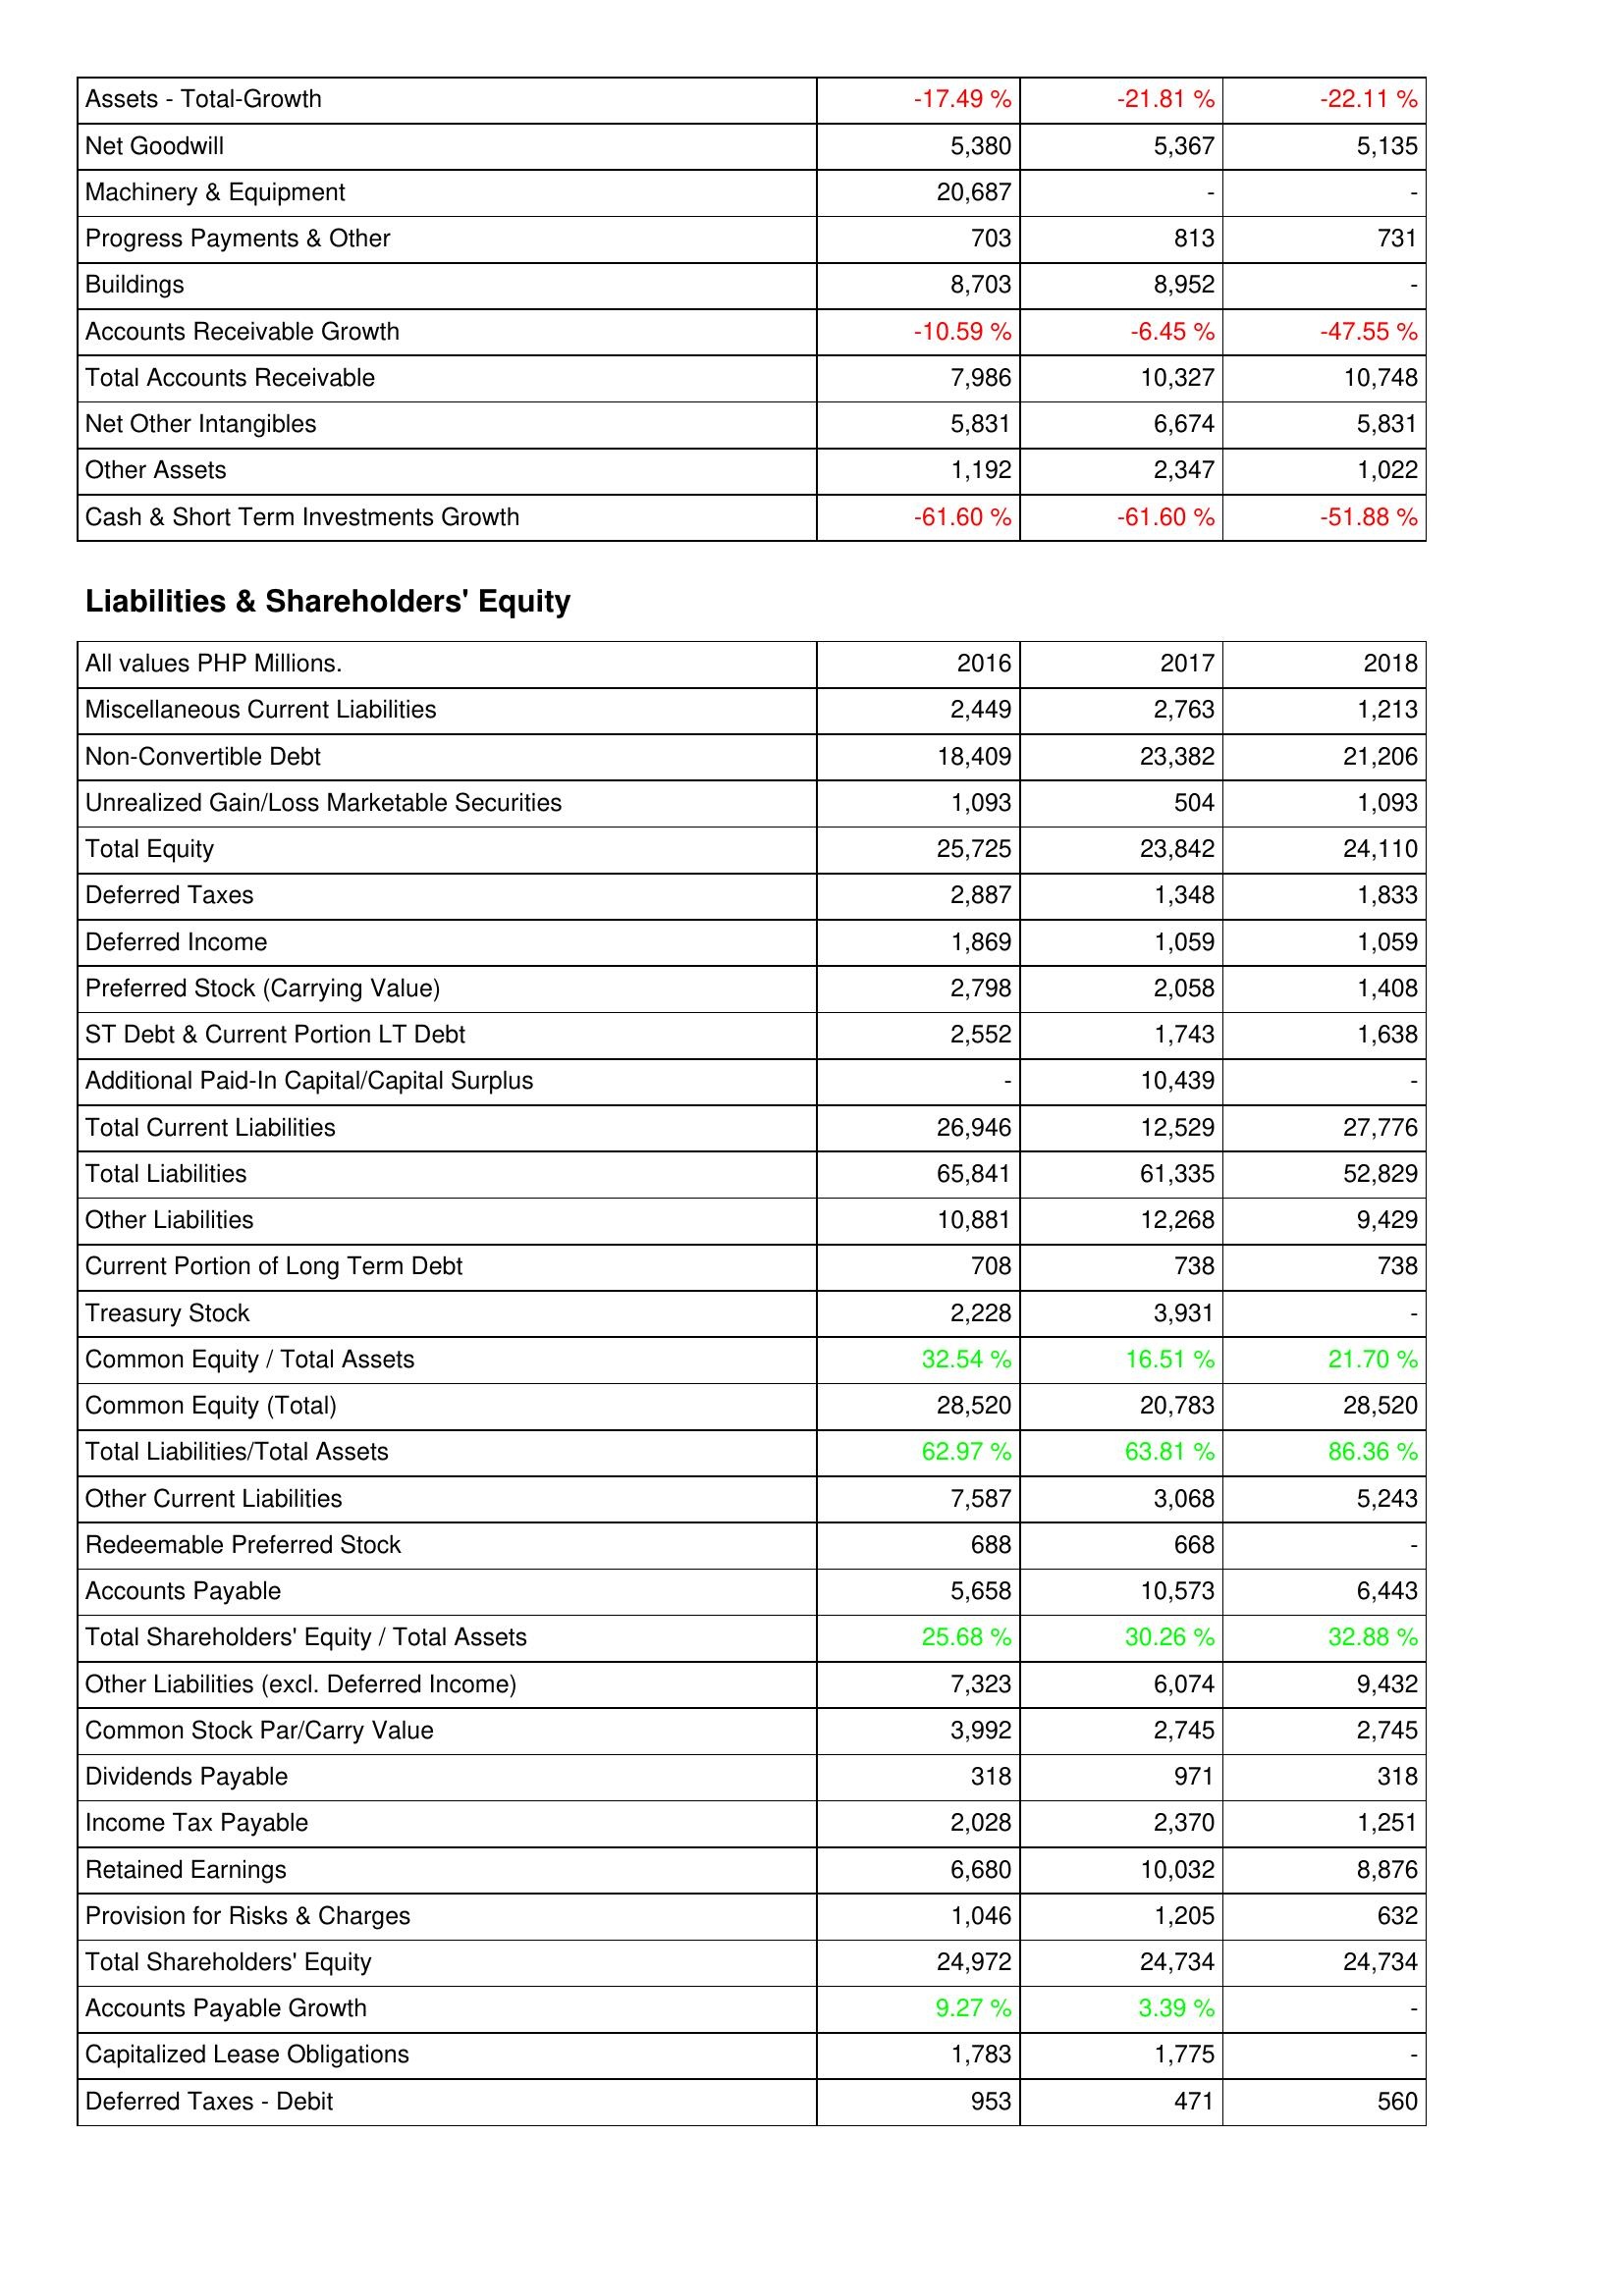
2016: Assets: Assets - Total-Growth: -17.49 %
Net Goodwill: 5,380
Machinery & Equipment: 20,687
Progress Payments & Other: 703
Buildings: 8,703
Accounts Receivable Growth: -10.59 %
Total Accounts Receivable: 7,986
Net Other Intangibles: 5,831
Other Assets: 1,192
Cash & Short Term Investments Growth: -61.60 %
Liabilities & Shareholders' Equity: Miscellaneous Current Liabilities: 2,449
Non-Convertible Debt: 18,409
Unrealized Gain/Loss Marketable Securities: 1,093
Total Equity: 25,725
Deferred Taxes: 2,887
Deferred Income: 1,869
Preferred Stock (Carrying Value): 2,798
ST Debt & Current Portion LT Debt: 2,552
Additional Paid-In Capital/Capital Surplus: -
Total Current Liabilities: 26,946
Total Liabilities: 65,841
Other Liabilities: 10,881
Current Portion of Long Term Debt: 708
Treasury Stock: 2,228
Common Equity / Total Assets: 32.54 %
Common Equity (Total): 28,520
Total Liabilities/Total Assets: 62.97 %
Other Current Liabilities: 7,587
Redeemable Preferred Stock: 688
Accounts Payable: 5,658
Total Shareholders' Equity / Total Assets: 25.68 %
Other Liabilities (excl. Deferred Income): 7,323
Common Stock Par/Carry Value: 3,992
Dividends Payable: 318
Income Tax Payable: 2,028
Retained Earnings: 6,680
Provision for Risks & Charges: 1,046
Total Shareholders' Equity: 24,972
Accounts Payable Growth: 9.27 %
Capitalized Lease Obligations: 1,783
Deferred Taxes - Debit: 953
2017: Assets: Assets - Total-Growth: -21.81 %
Net Goodwill: 5,367
Machinery & Equipment: -
Progress Payments & Other: 813
Buildings: 8,952
Accounts Receivable Growth: -6.45 %
Total Accounts Receivable: 10,327
Net Other Intangibles: 6,674
Other Assets: 2,347
Cash & Short Term Investments Growth: -61.60 %
Liabilities & Shareholders' Equity: Miscellaneous Current Liabilities: 2,763
Non-Convertible Debt: 23,382
Unrealized Gain/Loss Marketable Securities: 504
Total Equity: 23,842
Deferred Taxes: 1,348
Deferred Income: 1,059
Preferred Stock (Carrying Value): 2,058
ST Debt & Current Portion LT Debt: 1,743
Additional Paid-In Capital/Capital Surplus: 10,439
Total Current Liabilities: 12,529
Total Liabilities: 61,335
Other Liabilities: 12,268
Current Portion of Long Term Debt: 738
Treasury Stock: 3,931
Common Equity / Total Assets: 16.51 %
Common Equity (Total): 20,783
Total Liabilities/Total Assets: 63.81 %
Other Current Liabilities: 3,068
Redeemable Preferred Stock: 668
Accounts Payable: 10,573
Total Shareholders' Equity / Total Assets: 30.26 %
Other Liabilities (excl. Deferred Income): 6,074
Common Stock Par/Carry Value: 2,745
Dividends Payable: 971
Income Tax Payable: 2,370
Retained Earnings: 10,032
Provision for Risks & Charges: 1,205
Total Shareholders' Equity: 24,734
Accounts Payable Growth: 3.39 %
Capitalized Lease Obligations: 1,775
Deferred Taxes - Debit: 471
2018: Assets: Assets - Total-Growth: -22.11 %
Net Goodwill: 5,135
Machinery & Equipment: -
Progress Payments & Other: 731
Buildings: -
Accounts Receivable Growth: -47.55 %
Total Accounts Receivable: 10,748
Net Other Intangibles: 5,831
Other Assets: 1,022
Cash & Short Term Investments Growth: -51.88 %
Liabilities & Shareholders' Equity: Miscellaneous Current Liabilities: 1,213
Non-Convertible Debt: 21,206
Unrealized Gain/Loss Marketable Securities: 1,093
Total Equity: 24,110
Deferred Taxes: 1,833
Deferred Income: 1,059
Preferred Stock (Carrying Value): 1,408
ST Debt & Current Portion LT Debt: 1,638
Additional Paid-In Capital/Capital Surplus: -
Total Current Liabilities: 27,776
Total Liabilities: 52,829
Other Liabilities: 9,429
Current Portion of Long Term Debt: 738
Treasury Stock: -
Common Equity / Total Assets: 21.70 %
Common Equity (Total): 28,520
Total Liabilities/Total Assets: 86.36 %
Other Current Liabilities: 5,243
Redeemable Preferred Stock: -
Accounts Payable: 6,443
Total Shareholders' Equity / Total Assets: 32.88 %
Other Liabilities (excl. Deferred Income): 9,432
Common Stock Par/Carry Value: 2,745
Dividends Payable: 318
Income Tax Payable: 1,251
Retained Earnings: 8,876
Provision for Risks & Charges: 632
Total Shareholders' Equity: 24,734
Accounts Payable Growth: -
Capitalized Lease Obligations: -
Deferred Taxes - Debit: 560